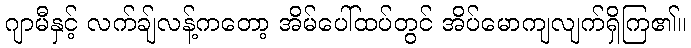
ဂျာမီနှင့် လက်ချ်လန့်ကတော့ အိမ်ပေါ်ထပ်တွင် အိပ်မောကျလျက်ရှိကြ၏။